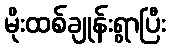
မိုးထစ်ချုန်းရွာပြီး